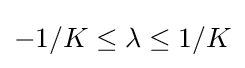
-1/K\leq \lambda \leq 1/K